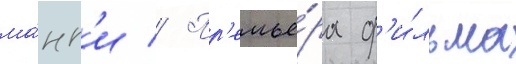
ма́нг'и // Пр'емье́ра ф'и́льма